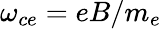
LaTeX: \omega_{ce}=eB/m_{e}